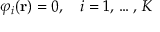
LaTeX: \displaystyle \varphi _ { i } ( \mathbf { r } ) = 0 , \quad i = 1 , \, \ldots , \, K